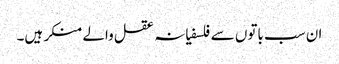
ان سب باتوں سے فلسفیانہ عقل والے منکر ہیں۔